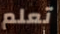
تعلم